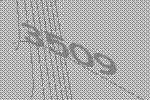
3509